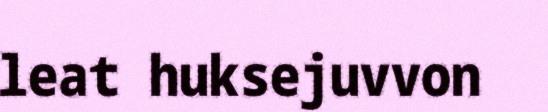
leat huksejuvvon